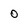
Character: 0